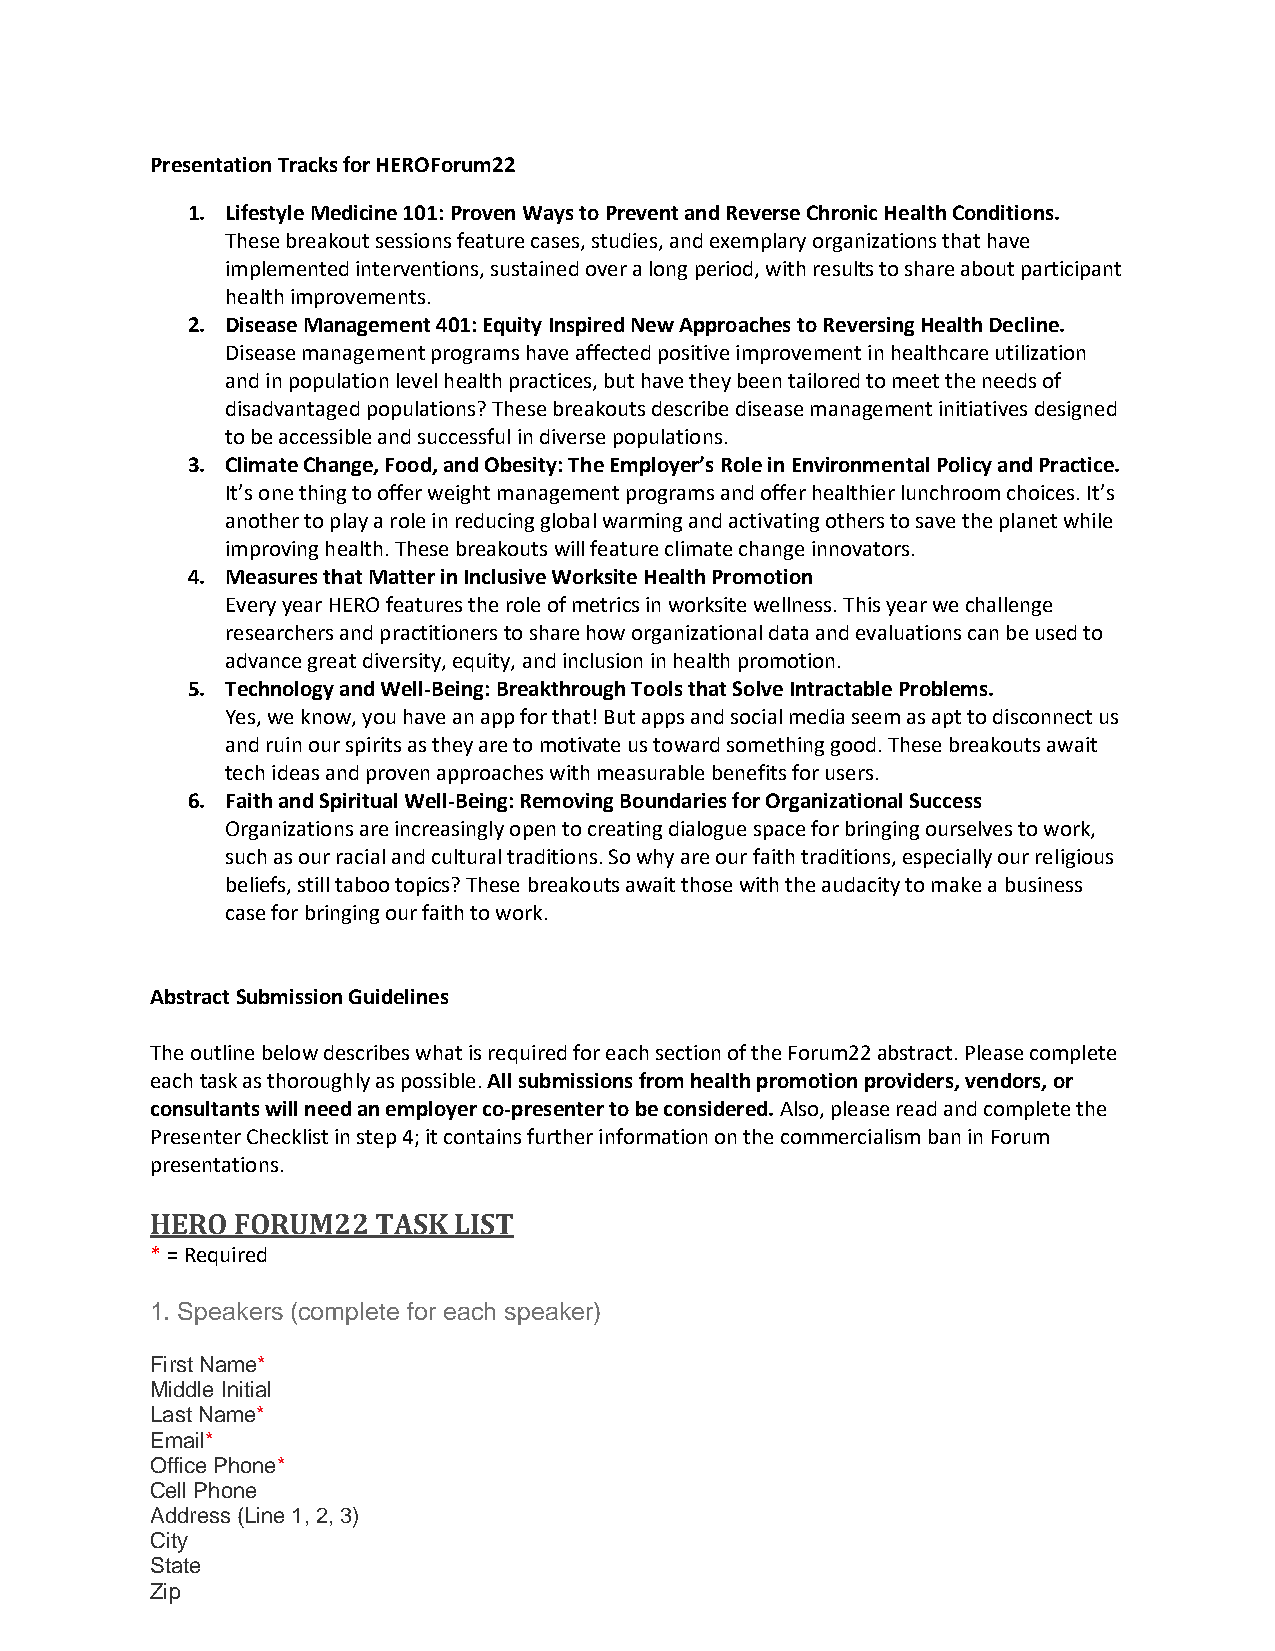
Presentation Tracks for HEROForum22
 1. Lifestyle Medicine 101: Proven Ways to Prevent and Reverse Chronic Health Conditions.
 These breakout sessions feature cases, studies, and exemplary organizations that have
 implemented interventions, sustained over a long period, with results to share about participant
 health improvements.
 2. Disease Management 401: Equity Inspired New Approaches to Reversing Health Decline.
 Disease management programs have affected positive improvement in healthcare utilization
 and in population level health practices, but have they been tailored to meet the needs of
 disadvantaged populations? These breakouts describe disease management initiatives designed
 to be accessible and successful in diverse populations.
 3. Climate Change, Food, and Obesity: The Employer’s Role in Environmental Policy and Practice.
 It’s one thing to offer weight management programs and offer healthier lunchroom choices. It’s
 another to play a role in reducing global warming and activating others to save the planet while
 improving health. These breakouts will feature climate change innovators.
 4. Measures that Matter in Inclusive Worksite Health Promotion
 Every year HERO features the role of metrics in worksite wellness. This year we challenge
 researchers and practitioners to share how organizational data and evaluations can be used to
 advance great diversity, equity, and inclusion in health promotion.
 5. Technology and Well-Being: Breakthrough Tools that Solve Intractable Problems.
 Yes, we know, you have an app for that! But apps and social media seem as apt to disconnect us
 and ruin our spirits as they are to motivate us toward something good. These breakouts await
 tech ideas and proven approaches with measurable benefits for users.
 6. Faith and Spiritual Well-Being: Removing Boundaries for Organizational Success
 Organizations are increasingly open to creating dialogue space for bringing ourselves to work,
 such as our racial and cultural traditions. So why are our faith traditions, especially our religious
 beliefs, still taboo topics? These breakouts await those with the audacity to make a business
 case for bringing our faith to work.
 Abstract Submission Guidelines
 The outline below describes what is required for each section of the Forum22 abstract. Please complete
 each task as thoroughly as possible. All submissions from health promotion providers, vendors, or
 consultants will need an employer co-presenter to be considered. Also, please read and complete the
 Presenter Checklist in step 4; it contains further information on the commercialism ban in Forum
 presentations.
 HERO FORUM22   TASK LIST
 * = Required
 1. Speakers (complete for each speaker)
 First Name*
 Middle Initial
 Last Name*
 Email*
 Office Phone*
 Cell Phone
 Address (Line 1, 2, 3)
 City
 State
 Zip